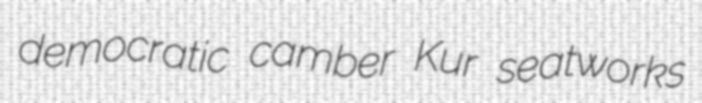
democratic camber Kur seatworks